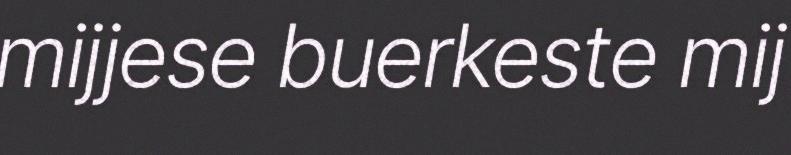
mijjese buerkeste mij